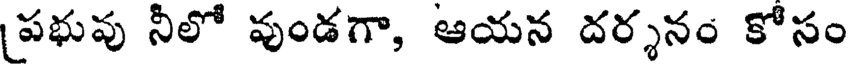
పభువు నీలో వుండగా, ఆయన దర్శనం కోసం